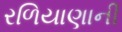
રળિયાણાની